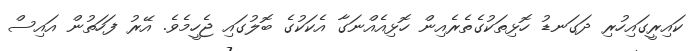
ކައިރީގައިހުރި ދަގަނޑު ހޮޅިތަކުގެތެރެއިން ހޮޅިއެއްނަގާ އެކަކުގެ ބޮލުގައި ޖެހީމެވެ. އޭރު ފަހަތުން އައިސް